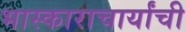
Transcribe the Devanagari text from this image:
भास्काराचार्यांची